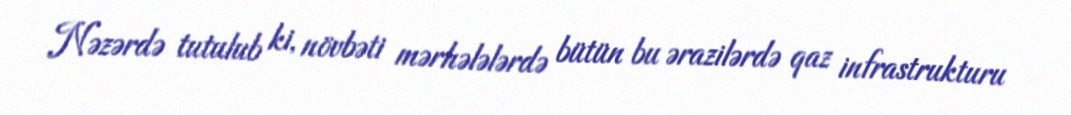
Nəzərdə tutulub ki, növbəti mərhələlərdə bütün bu ərazilərdə qaz infrastrukturu